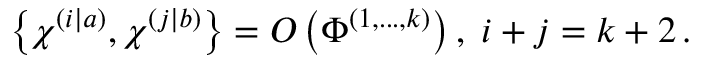
\left\{ \chi ^ { \left( i | a \right) } , \chi ^ { \left( j | b \right) } \right\} = O \left( \Phi ^ { \left( 1 , . . . , k \right) } \right) , \; i + j = k + 2 \, .